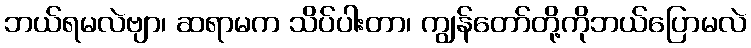
ဘယ်ရမလဲဗျာ၊ ဆရာမက သိပ်ပါးတာ၊ ကျွန်တော်တို့ကိုဘယ်ပြောမလဲ